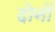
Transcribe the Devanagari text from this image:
दाेनाें